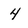
Character: 4